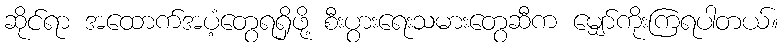
ဆိုင်ရာ အထောက်အပံ့တွေရရှိဖို့ စီးပွားရေးသမားတွေဆီက မျှော်ကိုးကြရပါတယ်။